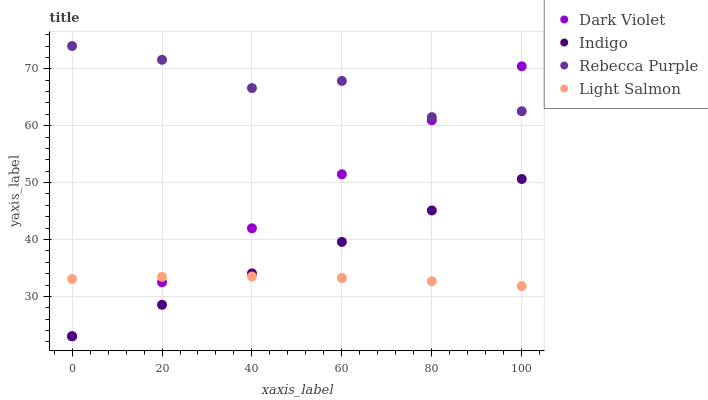
| xaxis_label | Dark Violet | Indigo | Rebecca Purple | Light Salmon |
 | --- | --- | --- | --- | --- |
 | 0 | 23 | 23 | 74 | 33.1 |
 | 20 | 32.5 | 28.5 | 71.6 | 33.4 |
 | 40 | 42 | 34.1 | 66.6 | 33.5 |
 | 60 | 51.5 | 39.6 | 67.9 | 33.2 |
 | 80 | 60.9 | 45.1 | 61.5 | 32.7 |
 | 100 | 70.4 | 50.6 | 62.5 | 31.8 |